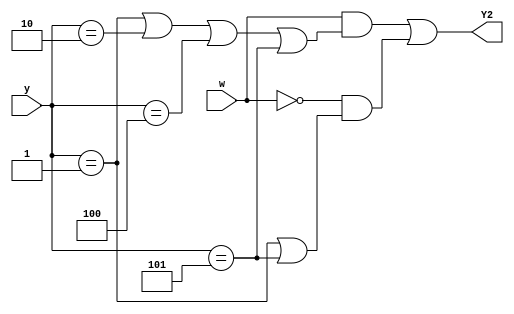
module top_module (
    input [3:1] y,
    input w,
    output Y2);
    
    parameter A = 3'd0, B = 3'd1, C = 3'd2, D = 3'd3, E = 3'd4, F = 3'd5;
    
    assign Y2 = (w && ((y == B) || (y == C) || (y == E) || (y == F))) || (~w && ((y == B) || (y == F)));

endmodule